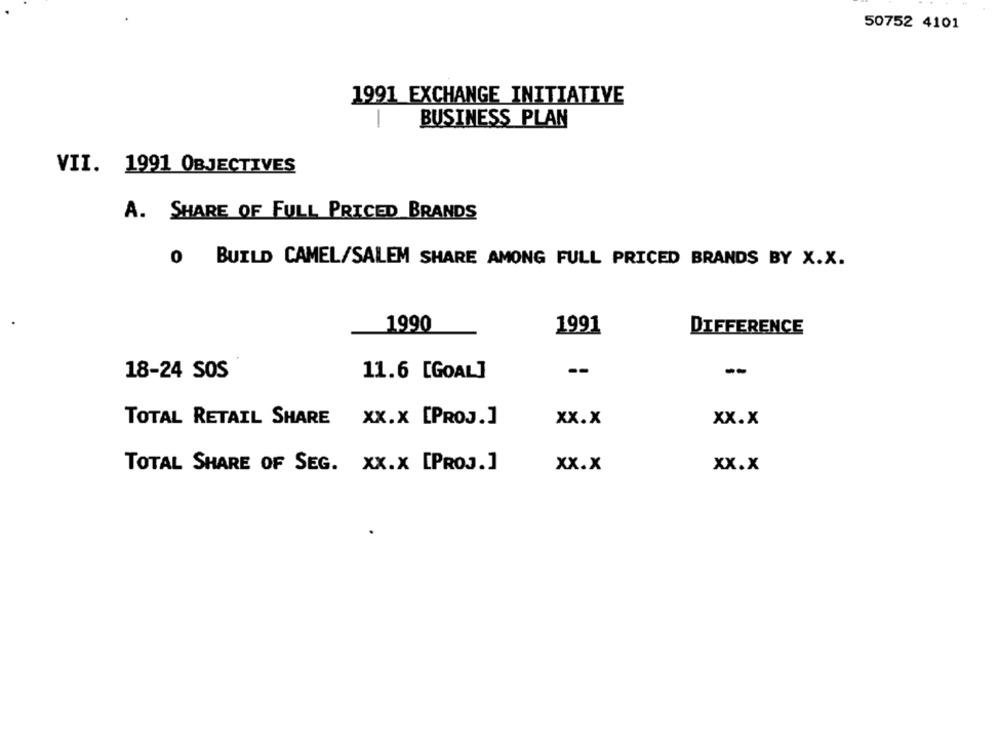
50752 4101
1991 EXCHANGE INITIATIVE
1
BUSINESS PLAN
VII. 1991 OBJECTIVES
A. SHARE OF FULL PRICED BRANDS
0 BUILD CAMEL/SALEM SHARE AMONG FULL PRICED BRANDS BY X.X.
1990
1991
DIFFERENCE
--
--
18-24 SOS
11.6 [GOAL]
TOTAL RETAIL SHARE XX.X [PROJ.]
xx.x
xx.x
TOTAL SHARE OF SEG. XX.X [PROJ.]
xx.x
xx.x